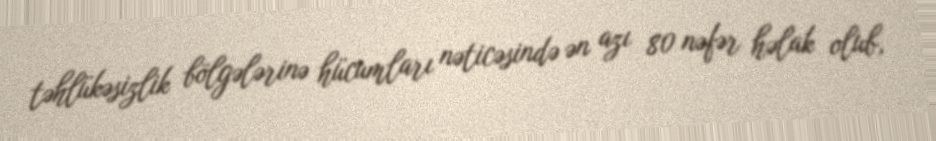
təhlükəsizlik bölgələrinə hücumları nəticəsində ən azı 80 nəfər həlak olub,